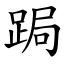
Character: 跼